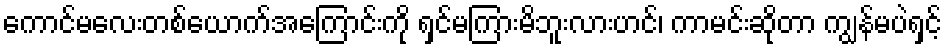
ကောင်မလေးတစ်ယောက်အကြောင်းကို ရှင်မကြားမိဘူးလားဟင်၊ ကာမင်းဆိုတာ ကျွန်မပဲရှင့်